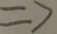
\Rightarrow